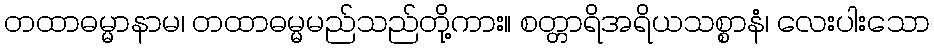
တထာဓမ္မာနာမ၊ တထာဓမ္မမည်သည်တို့ကား။ စတ္တာရိအရိယသစ္စာနံ၊ လေးပါးသော